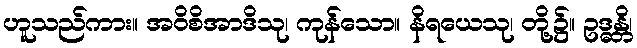
ဟူသည်ကား။ အဝိစိအာဒိသု၊ ကုန်သော။ နိရယေသု၊ တို့၌။ ဥဒ္ဓန္တိ၊